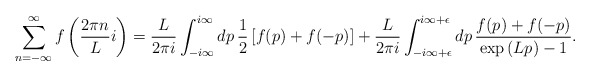
\begin{align*}\displaystyle \sum_{n=-\infty }^{\infty} f \left( \frac{2 \pi n }{L} i \right)=\frac{L}{2 \pi i} \int_{-i \infty }^{i \infty } dp\, \frac{1}{2} \left[f(p)+f(-p) \right] + \frac{L}{2 \pi i}\int_{-i \infty + \epsilon }^{i \infty+ \epsilon } dp \, \frac{f(p)+f(-p)}{\exp{(Lp)} -1}. \end{align*}